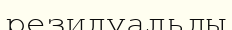
резидуальды